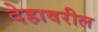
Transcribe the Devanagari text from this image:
देहावरील